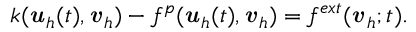
k ( { \boldsymbol { \mathbf { \mathit { u } } } } _ { h } ( t ) , { \boldsymbol { \mathbf { \mathit { v } } } } _ { h } ) - f ^ { p } ( { \boldsymbol { \mathbf { \mathit { u } } } } _ { h } ( t ) , { \boldsymbol { \mathbf { \mathit { v } } } } _ { h } ) = f ^ { e x t } ( { \boldsymbol { \mathbf { \mathit { v } } } } _ { h } ; t ) .